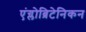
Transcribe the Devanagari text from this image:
एंग्लोब्रिटेनिकन